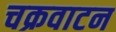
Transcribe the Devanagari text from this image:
चक्रवाटन